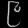
Digit: ၉